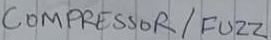
Text: COMPRESSOR/ FUZZ